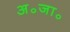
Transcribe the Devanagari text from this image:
अ॰जा॰